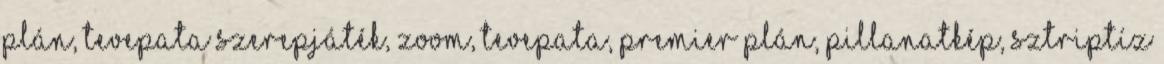
plán, Tevepata Szerepjáték, Zoom, Tevepata, Premier plán, Pillanatkép, Sztriptíz